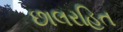
છાલરહિત